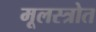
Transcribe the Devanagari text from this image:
मूलस्त्रोत